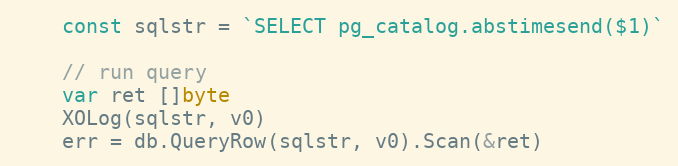
Language: Go
	const sqlstr = `SELECT pg_catalog.abstimesend($1)`

	// run query
	var ret []byte
	XOLog(sqlstr, v0)
	err = db.QueryRow(sqlstr, v0).Scan(&ret)